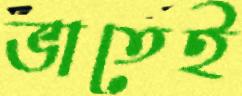
ভাতেই